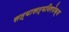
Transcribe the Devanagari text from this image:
सत्यासत्यनिरपेक्ष